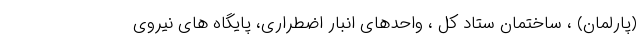
(پارلمان) ، ساختمان ستاد کل ، واحدهای انبار اضطراری، پایگاه های نیروی